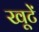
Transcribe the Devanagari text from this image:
खूटें